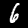
Label: 6